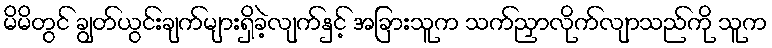
မိမိတွင် ချွတ်ယွင်းချက်များရှိခဲ့လျက်နှင့် အခြားသူက သက်ညှာလိုက်လျာသည်ကို သူက